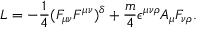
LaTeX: L = - \frac { 1 } { 4 } ( F _ { \mu \nu } F ^ { \mu \nu } ) ^ { \delta } + \frac { m } { 4 } \epsilon ^ { \mu \nu \rho } A _ { \mu } F _ { \nu \rho } .